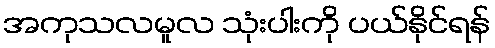
အကုသလမူလ သုံးပါးကို ပယ်နိုင်ရန်